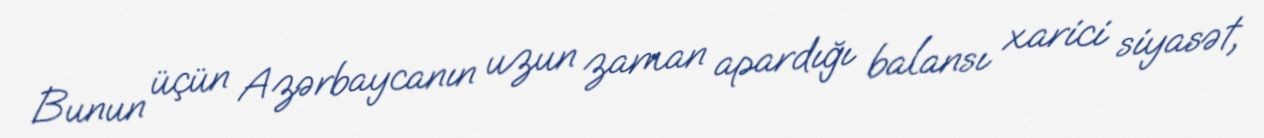
Bunun üçün Azərbaycanın uzun zaman apardığı balansı xarici siyasət,